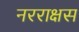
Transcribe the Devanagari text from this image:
नरराक्षस